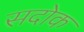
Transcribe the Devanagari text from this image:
सदोक